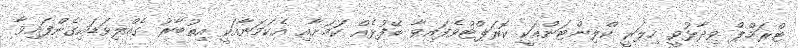
ޓްރަމްޕް ވިދާޅުވީ ހިލަރީ ކްލިންޓަންއަކީ ކޮރަޕްޓްވެފައިވާ ބޭފުޅެއް ކަމަށާއި އެކަމަނާއަކީ އިތުބާރު ގެއްލިވަޑައިގެންފައިވާ